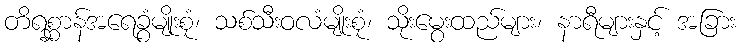
တိရစ္ဆာန်အရေခွံမျိုးစုံ၊ သစ်သီးဝလံမျိုးစုံ၊ သိုးမွေးထည်များ၊ နာရီများနှင့် အခြား